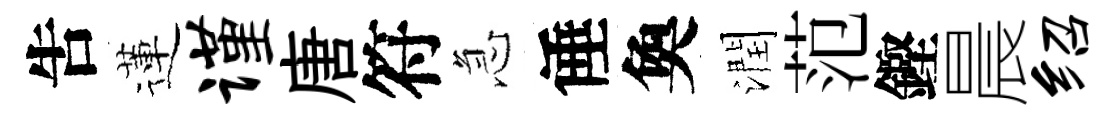
吿蓮谨唐符急倕奐潤范鏗晨绍